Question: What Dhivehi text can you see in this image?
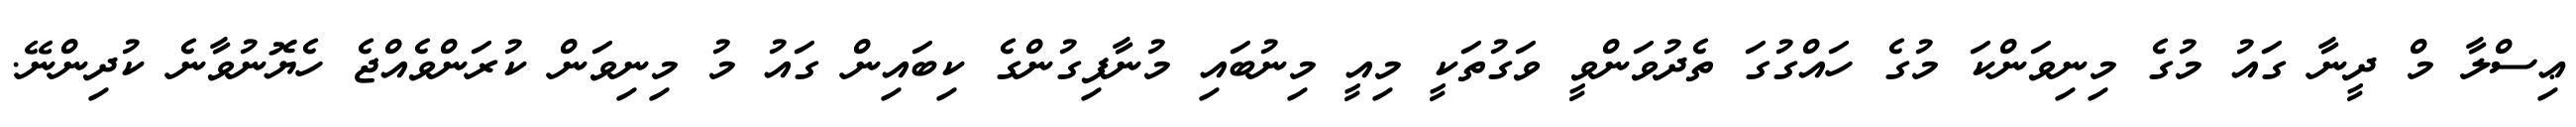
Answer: ޢިސްލާ މް ދީނާ ގައު މުގެ މިނިވަންކަ މުގެ ހައްގުގަ ތެދުވަންވީ ވަގުތަކީ މިއީ މިނުބައި މުނާފިގުންގެ ކިބައިން ގައު މު މިނިވަން ކުރަންވެއްޖެ ހެޔޮނުވާނެ ކުދިންނޭ.